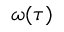
\omega ( \tau )